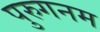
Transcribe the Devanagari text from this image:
पुरुगनम